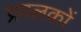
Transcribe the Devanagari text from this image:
प्रगलकों